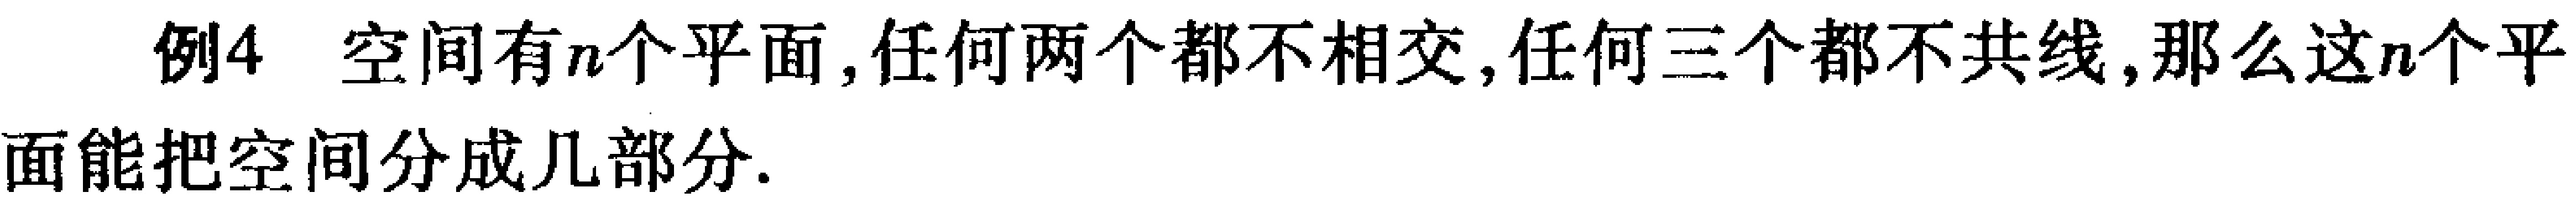
例4 空间有\(n\)个平面, 任何两个都不相交, 任何三个都不共线,那么这\(n\)个平面能把空间分成几部分.